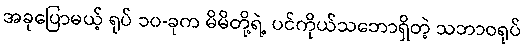
အခုပြောမယ့် ရုပ် ၁၀-ခုက မိမိတို့ရဲ့ ပင်ကိုယ်သဘောရှိတဲ့ သဘာဝရုပ်